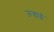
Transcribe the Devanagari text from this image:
ऊन्चाई